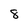
Character: 8